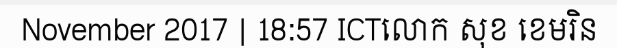
November 2017 | 18:57 ICTលោក សុខ ខេមរិន